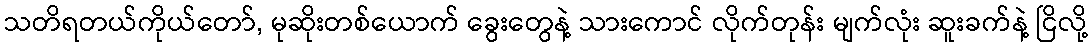
သတိရတယ်ကိုယ်တော်, မုဆိုးတစ်ယောက် ခွေးတွေနဲ့ သားကောင် လိုက်တုန်း မျက်လုံး ဆူးခက်နဲ့ ငြိလို့